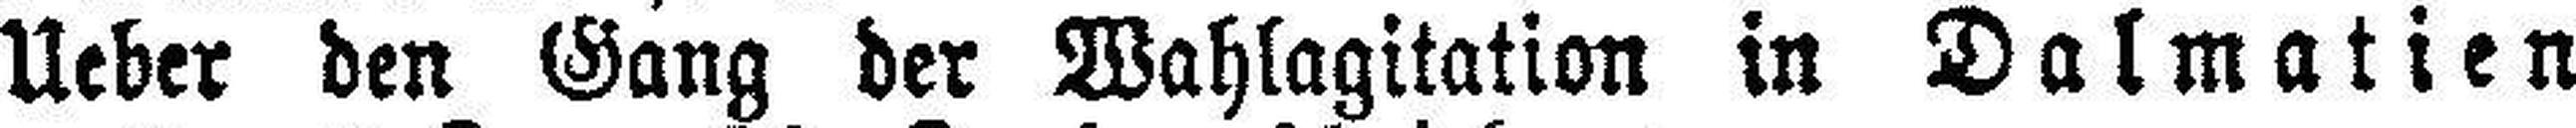
Ueber den Gang der Wahlagitation in Dalmatien